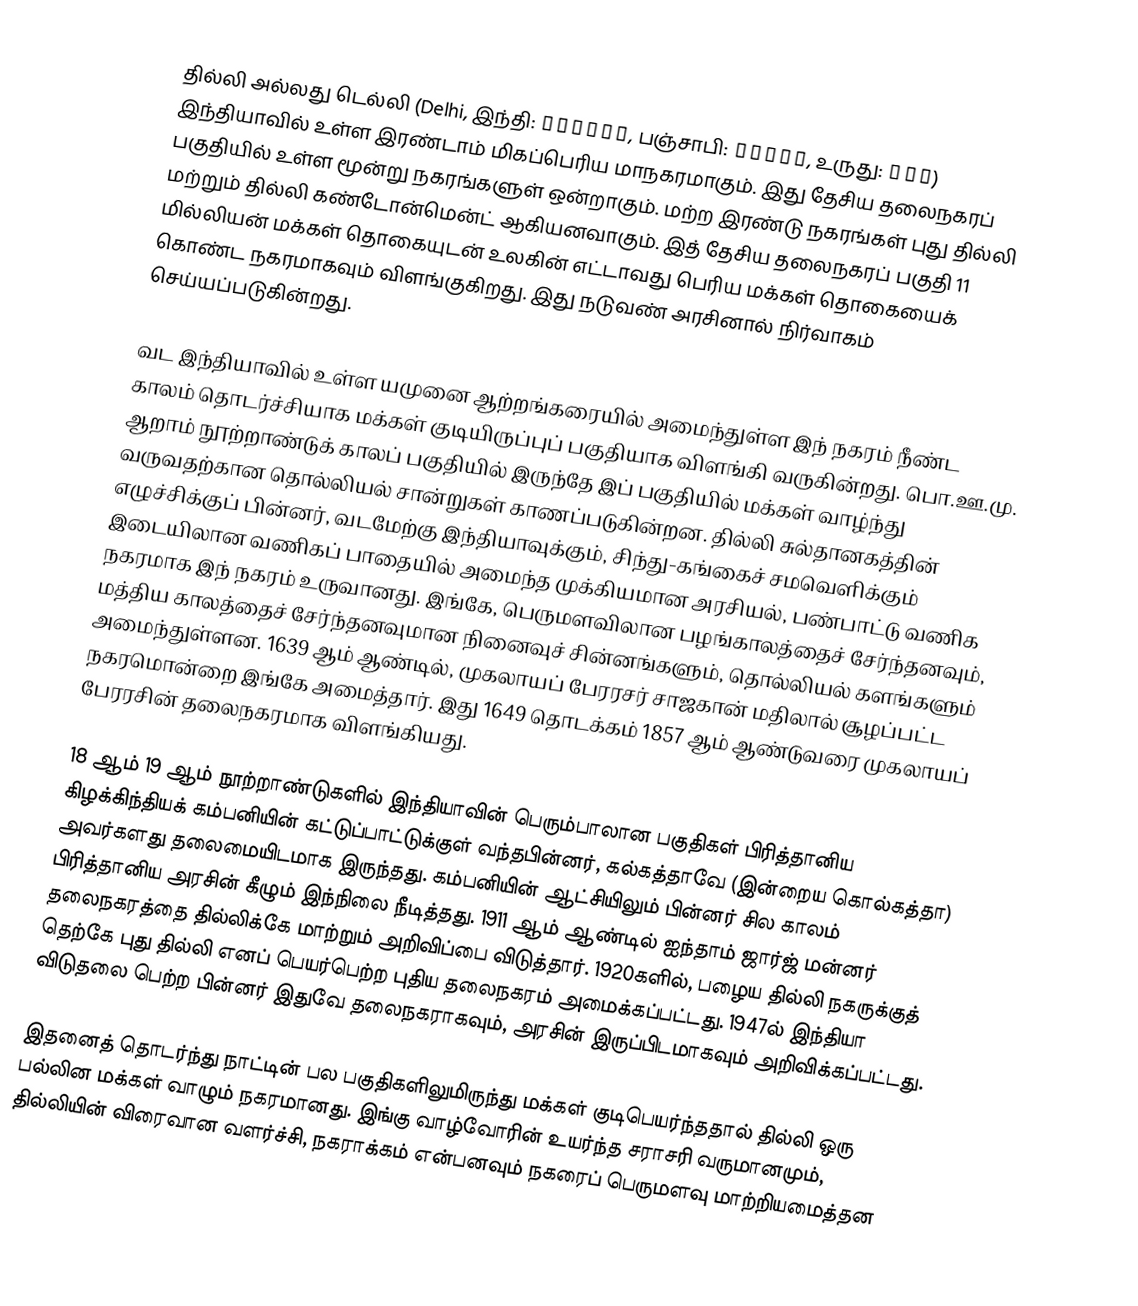
தில்லி அல்லது டெல்லி (Delhi, இந்தி: दिल्ली, பஞ்சாபி: ਦਿੱਲੀ, உருது: دلی) இந்தியாவில் உள்ள இரண்டாம் மிகப்பெரிய மாநகரமாகும். இது தேசிய தலைநகரப் பகுதியில் உள்ள மூன்று நகரங்களுள் ஒன்றாகும். மற்ற இரண்டு நகரங்கள் புது தில்லி மற்றும் தில்லி கண்டோன்மென்ட் ஆகியனவாகும். இத் தேசிய தலைநகரப் பகுதி 11 மில்லியன் மக்கள் தொகையுடன் உலகின் எட்டாவது பெரிய மக்கள் தொகையைக் கொண்ட நகரமாகவும் விளங்குகிறது. இது நடுவண் அரசினால் நிர்வாகம் செய்யப்படுகின்றது.

வட இந்தியாவில் உள்ள யமுனை ஆற்றங்கரையில் அமைந்துள்ள இந் நகரம் நீண்ட காலம் தொடர்ச்சியாக மக்கள் குடியிருப்புப் பகுதியாக விளங்கி வருகின்றது. பொ.ஊ.மு. ஆறாம் நூற்றாண்டுக் காலப் பகுதியில் இருந்தே இப் பகுதியில் மக்கள் வாழ்ந்து வருவதற்கான தொல்லியல் சான்றுகள் காணப்படுகின்றன. தில்லி சுல்தானகத்தின் எழுச்சிக்குப் பின்னர், வடமேற்கு இந்தியாவுக்கும், சிந்து-கங்கைச் சமவெளிக்கும் இடையிலான வணிகப் பாதையில் அமைந்த முக்கியமான அரசியல், பண்பாட்டு வணிக நகரமாக இந் நகரம் உருவானது. இங்கே, பெருமளவிலான பழங்காலத்தைச் சேர்ந்தனவும், மத்திய காலத்தைச் சேர்ந்தனவுமான நினைவுச் சின்னங்களும், தொல்லியல் களங்களும் அமைந்துள்ளன. 1639 ஆம் ஆண்டில், முகலாயப் பேரரசர் சாஜகான் மதிலால் சூழப்பட்ட நகரமொன்றை இங்கே அமைத்தார். இது 1649 தொடக்கம் 1857 ஆம் ஆண்டுவரை முகலாயப் பேரரசின் தலைநகரமாக விளங்கியது.

18 ஆம் 19 ஆம் நூற்றாண்டுகளில் இந்தியாவின் பெரும்பாலான பகுதிகள் பிரித்தானிய கிழக்கிந்தியக் கம்பனியின் கட்டுப்பாட்டுக்குள் வந்தபின்னர், கல்கத்தாவே (இன்றைய கொல்கத்தா) அவர்களது தலைமையிடமாக இருந்தது. கம்பனியின் ஆட்சியிலும் பின்னர் சில காலம் பிரித்தானிய அரசின் கீழும் இந்நிலை நீடித்தது. 1911 ஆம் ஆண்டில் ஐந்தாம் ஜார்ஜ் மன்னர் தலைநகரத்தை தில்லிக்கே மாற்றும் அறிவிப்பை விடுத்தார். 1920களில், பழைய தில்லி நகருக்குத் தெற்கே புது தில்லி எனப் பெயர்பெற்ற புதிய தலைநகரம் அமைக்கப்பட்டது. 1947ல் இந்தியா விடுதலை பெற்ற பின்னர் இதுவே தலைநகராகவும், அரசின் இருப்பிடமாகவும் அறிவிக்கப்பட்டது.

இதனைத் தொடர்ந்து நாட்டின் பல பகுதிகளிலுமிருந்து மக்கள் குடிபெயர்ந்ததால் தில்லி ஒரு பல்லின மக்கள் வாழும் நகரமானது. இங்கு வாழ்வோரின் உயர்ந்த சராசரி வருமானமும், தில்லியின் விரைவான வளர்ச்சி, நகராக்கம் என்பனவும் நகரைப் பெருமளவு மாற்றியமைத்தன